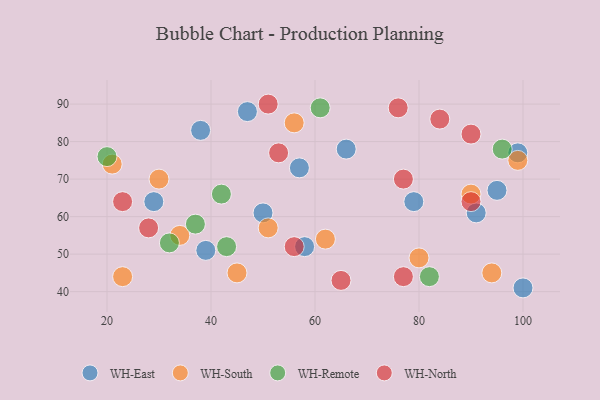
{"axis": {"x": "GDP", "y": "Life Expectancy"}, "legend": ["WH-East", "WH-North", "WH-Remote", "WH-South"], "data": [{"x": "66", "y": 78, "type": "WH-East"}, {"x": "58", "y": 52, "type": "WH-East"}, {"x": "38", "y": 83, "type": "WH-East"}, {"x": "39", "y": 51, "type": "WH-East"}, {"x": "100", "y": 41, "type": "WH-East"}, {"x": "50", "y": 61, "type": "WH-East"}, {"x": "29", "y": 64, "type": "WH-East"}, {"x": "95", "y": 67, "type": "WH-East"}, {"x": "91", "y": 61, "type": "WH-East"}, {"x": "57", "y": 73, "type": "WH-East"}, {"x": "47", "y": 88, "type": "WH-East"}, {"x": "99", "y": 77, "type": "WH-East"}, {"x": "79", "y": 64, "type": "WH-East"}, {"x": "80", "y": 49, "type": "WH-South"}, {"x": "51", "y": 57, "type": "WH-South"}, {"x": "56", "y": 85, "type": "WH-South"}, {"x": "94", "y": 45, "type": "WH-South"}, {"x": "62", "y": 54, "type": "WH-South"}, {"x": "99", "y": 75, "type": "WH-South"}, {"x": "23", "y": 44, "type": "WH-South"}, {"x": "34", "y": 55, "type": "WH-South"}, {"x": "21", "y": 74, "type": "WH-South"}, {"x": "30", "y": 70, "type": "WH-South"}, {"x": "90", "y": 66, "type": "WH-South"}, {"x": "45", "y": 45, "type": "WH-South"}, {"x": "43", "y": 52, "type": "WH-Remote"}, {"x": "20", "y": 76, "type": "WH-Remote"}, {"x": "96", "y": 78, "type": "WH-Remote"}, {"x": "61", "y": 89, "type": "WH-Remote"}, {"x": "32", "y": 53, "type": "WH-Remote"}, {"x": "37", "y": 58, "type": "WH-Remote"}, {"x": "82", "y": 44, "type": "WH-Remote"}, {"x": "42", "y": 66, "type": "WH-Remote"}, {"x": "90", "y": 64, "type": "WH-North"}, {"x": "28", "y": 57, "type": "WH-North"}, {"x": "53", "y": 77, "type": "WH-North"}, {"x": "77", "y": 70, "type": "WH-North"}, {"x": "65", "y": 43, "type": "WH-North"}, {"x": "23", "y": 64, "type": "WH-North"}, {"x": "76", "y": 89, "type": "WH-North"}, {"x": "84", "y": 86, "type": "WH-North"}, {"x": "56", "y": 52, "type": "WH-North"}, {"x": "77", "y": 44, "type": "WH-North"}, {"x": "51", "y": 90, "type": "WH-North"}, {"x": "90", "y": 82, "type": "WH-North"}]}